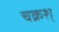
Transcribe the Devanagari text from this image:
चक्रश्